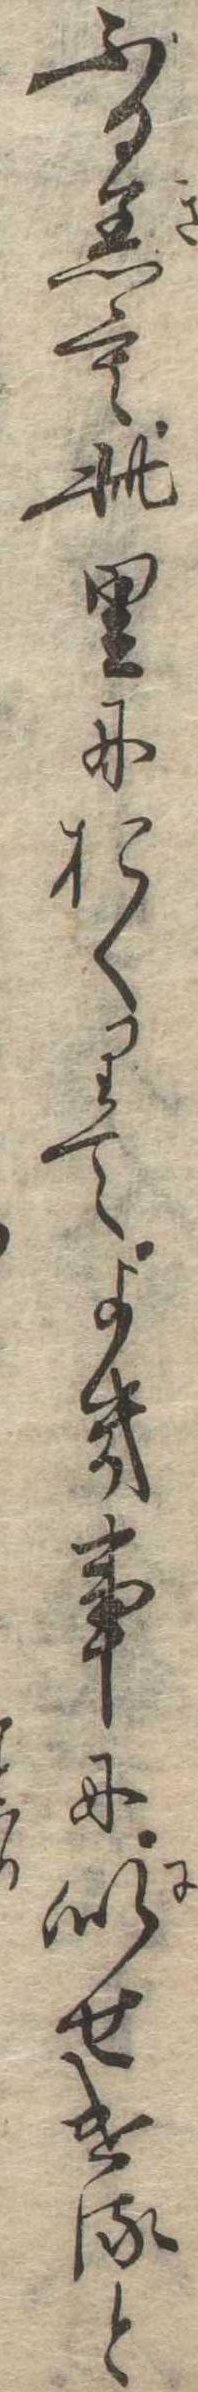
ふる着も此里におくりてよき事に似せけると